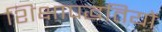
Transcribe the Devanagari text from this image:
शिक्षापद्धतियों